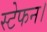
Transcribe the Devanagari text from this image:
स्टेफन।